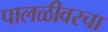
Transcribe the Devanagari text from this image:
पालळीवरचा